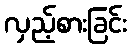
လှည့်စားခြင်း